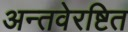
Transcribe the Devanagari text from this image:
अन्तवेरष्टित